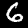
Digit: 6